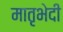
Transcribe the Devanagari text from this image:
मातृभेदी